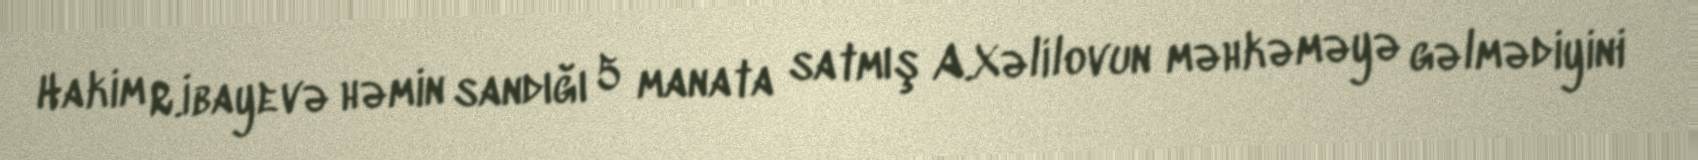
Hakim R.İbayevə həmin sandığı 5 manata satmış A.Xəlilovun məhkəməyə gəlmədiyini